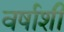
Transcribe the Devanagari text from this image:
वर्षाशी